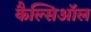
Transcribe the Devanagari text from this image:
कैल्सिऑल